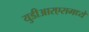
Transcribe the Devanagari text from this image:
युडीआरएसमध्ये